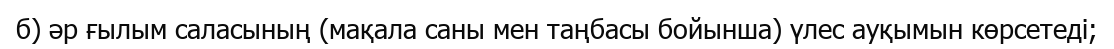
б) әр ғылым саласының (мақала саны мен таңбасы бойынша) үлес ауқымын көрсетеді;